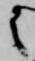
之